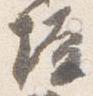
壇